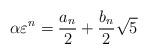
LaTeX: \begin{align*}\alpha \varepsilon^{n} &= \frac{a_n}{2} + \frac{b_n}{2} \sqrt{5}\\\end{align*}